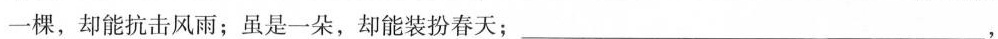
一棵，却能抗击风雨；虽是一朵，却能装扮春天；_________，